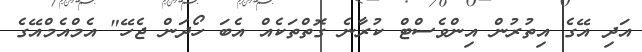
އަދި އޭގެ އިތުރުން އިންވެސްޓް ކުރާނެ ގޮތްތަކެއް އެބަ ހޯދަން ޖެހޭ" އެމްއެމްއޭގެ